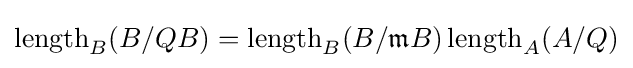
\operatorname {length} _{B}(B/QB)=\operatorname {length} _{B}(B/{\mathfrak {m}}B)\operatorname {length} _{A}(A/Q)